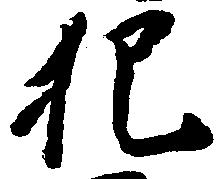
犯